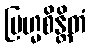
ဗြဟ္မစိန္တိတံ